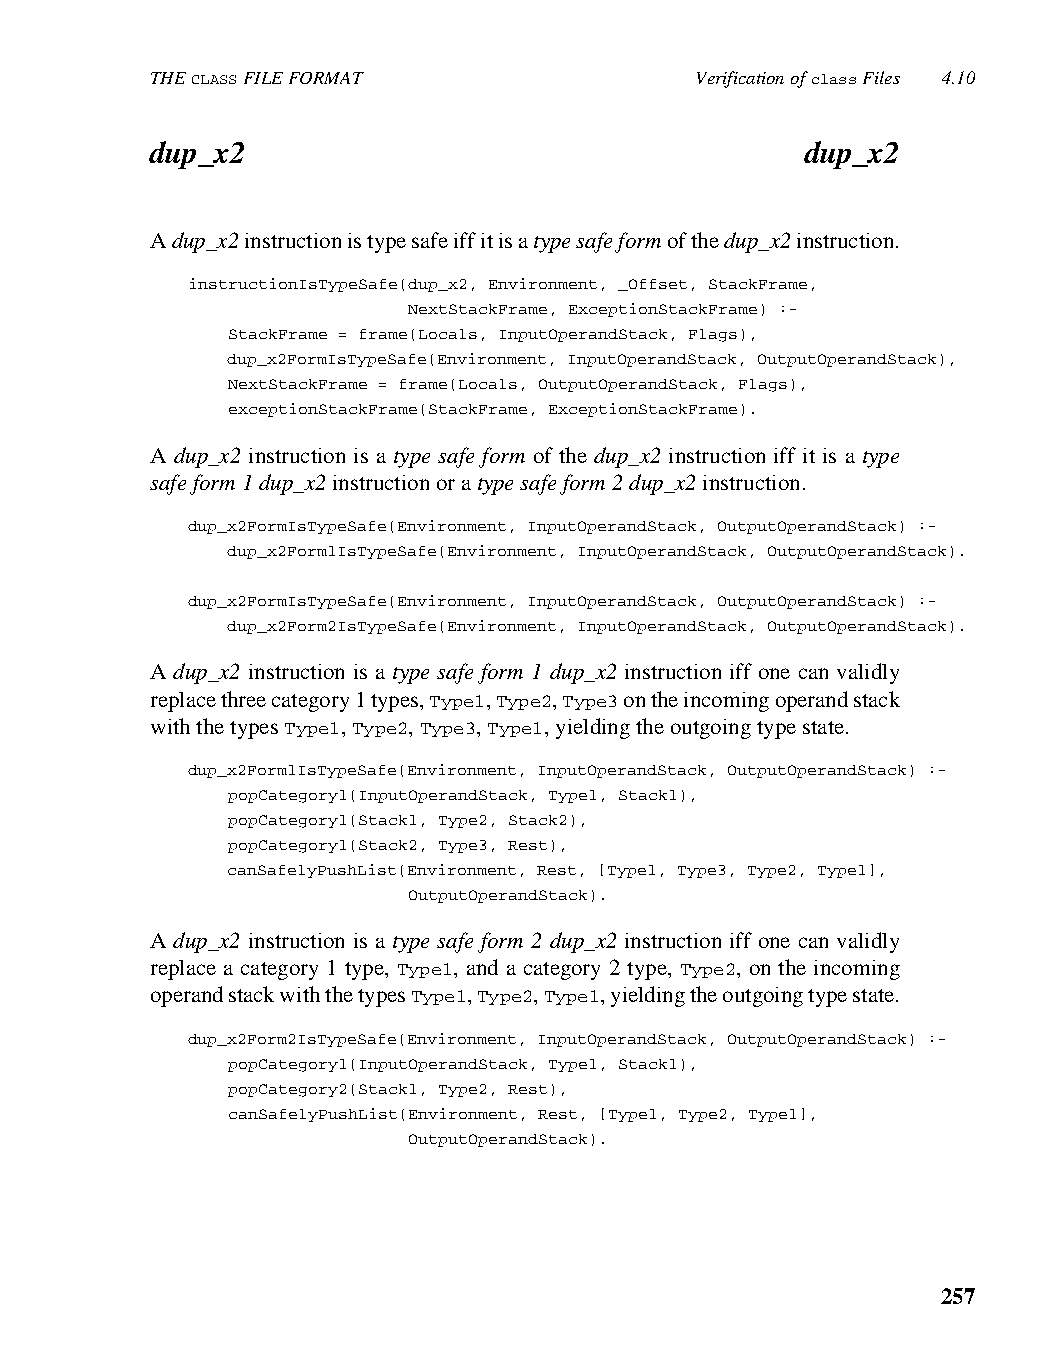
THE CLASS FILE FORMAT               Verification of class Files 4.10
 dup_x2                                     dup_x2
 A dup_x2 instruction is type safe iff it is a type safe form of the dup_x2 instruction.
 instructionIsTypeSafe(dup_x2, Environment, _Offset, StackFrame,
 NextStackFrame, ExceptionStackFrame) :-
 StackFrame = frame(Locals, InputOperandStack, Flags),
 dup_x2FormIsTypeSafe(Environment, InputOperandStack, OutputOperandStack),
 NextStackFrame = frame(Locals, OutputOperandStack, Flags),
 exceptionStackFrame(StackFrame, ExceptionStackFrame).
 A dup_x2 instruction is a type safe form of the dup_x2 instruction iff it is a type
 safe form 1 dup_x2 instruction or a type safe form 2 dup_x2 instruction.
 dup_x2FormIsTypeSafe(Environment, InputOperandStack, OutputOperandStack) :-
 dup_x2Form1IsTypeSafe(Environment, InputOperandStack, OutputOperandStack).
 dup_x2FormIsTypeSafe(Environment, InputOperandStack, OutputOperandStack) :-
 dup_x2Form2IsTypeSafe(Environment, InputOperandStack, OutputOperandStack).
 A dup_x2 instruction is a type safe form 1 dup_x2 instruction iff one can validly
 replace three category 1 types, Type1, Type2, Type3 on the incoming operand stack
 with the types Type1, Type2, Type3, Type1, yielding the outgoing type state.
 dup_x2Form1IsTypeSafe(Environment, InputOperandStack, OutputOperandStack) :-
 popCategory1(InputOperandStack, Type1, Stack1),
 popCategory1(Stack1, Type2, Stack2),
 popCategory1(Stack2, Type3, Rest),
 canSafelyPushList(Environment, Rest, [Type1, Type3, Type2, Type1],
 OutputOperandStack).
 A dup_x2 instruction is a type safe form 2 dup_x2 instruction iff one can validly
 replace a category 1 type, Type1, and a category 2 type, Type2, on the incoming
 operand stack with the types Type1, Type2, Type1, yielding the outgoing type state.
 dup_x2Form2IsTypeSafe(Environment, InputOperandStack, OutputOperandStack) :-
 popCategory1(InputOperandStack, Type1, Stack1),
 popCategory2(Stack1, Type2, Rest),
 canSafelyPushList(Environment, Rest, [Type1, Type2, Type1],
 OutputOperandStack).
 257